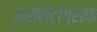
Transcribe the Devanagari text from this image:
क्रोमेटोग्राफ